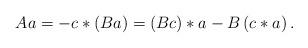
LaTeX: \begin{align*}Aa=-c*(Ba)=(Bc)*a-B\left(c*a\right).\end{align*}